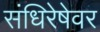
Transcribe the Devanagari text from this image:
संधिरेषेवर